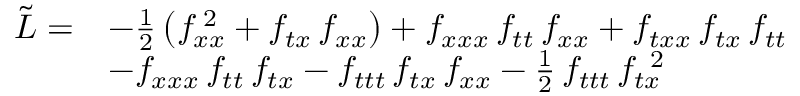
\begin{array} { r l } { { \tilde { { \cal L } } = } } & { { - \frac { 1 } { 2 } \left( f _ { x x } ^ { \; 2 } + f _ { t x } \, f _ { x x } \right) + f _ { x x x } \, f _ { t t } \, f _ { x x } + f _ { t x x } \, f _ { t x } \, f _ { t t } } } \\ { { } } & { { - f _ { x x x } \, f _ { t t } \, f _ { t x } - f _ { t t t } \, f _ { t x } \, f _ { x x } - \frac { 1 } { 2 } \, f _ { t t t } \, f _ { t x } ^ { \; \; 2 } } } \end{array}